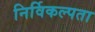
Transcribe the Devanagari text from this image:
निर्विकल्पता